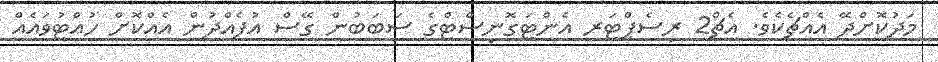
މަދުކޮށްދޭ އެއްޗެކެވެ. އެޗް2 ރިސެޕްޓަރ އެންޓަގޮނިސްޓްގެ ސަބަބުން ގޭސް އުފެއްދުން އެއްކޮށް ހުއްޓުވައެއް